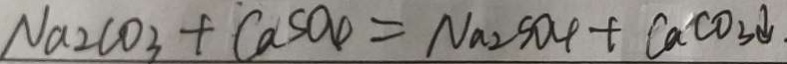
N a _ { 2 } C O _ { 3 } + C a S O _ { 4 } = N a _ { 2 } S O _ { 4 } + C a C O _ { 3 } \downarrow .